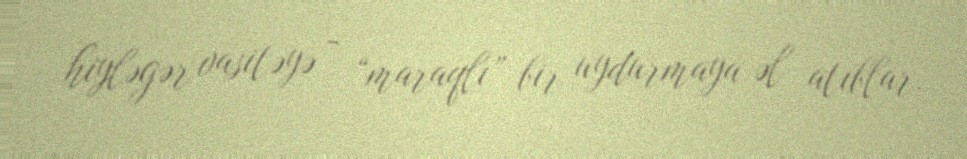
hiyləgər vasitəyə - “maraqlı” bir uydurmaya əl atıblar.